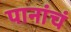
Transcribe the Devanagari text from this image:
पानांचं